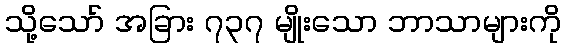
သို့သော် အခြား ၇၃၇ မျိုးသော ဘာသာများကို